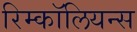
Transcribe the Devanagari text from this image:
रिम्कॉलियन्स